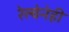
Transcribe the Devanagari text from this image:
रेल्वेनेही